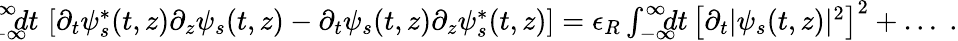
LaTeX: \begin{array}{rlr}&{}&{\! \! \! \! \! \! \! \! \! \! \! \! \! \! \! \! \! \! \! \! i\int_{-\infty}^{\infty}\! \! \! \! dt\, \left[\partial_{t}\psi_{s}^{*}(t,z)\partial_{z}\psi_{s}(t,z)-\partial_{t}\psi_{s}(t,z)\partial_{z}\psi_{s}^{*}(t,z)\right]=\epsilon_{R}\int_{-\infty}^{\infty}\! \! \! \! dt\, \left[\partial_{t}|\psi_{s}(t,z)|^{2}\right]^{2}+\dots\; .}\end{array}